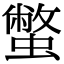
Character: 蟞